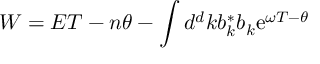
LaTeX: W = E T - n \theta - \int d ^ { d } k b _ { k } ^ { * } b _ { k } \mathrm { e } ^ { \omega T - \theta }